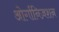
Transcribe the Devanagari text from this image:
ओर्गानिज़शन